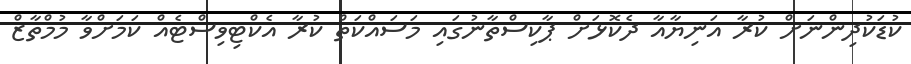
ކުޑަކުދިންނަށް ކުރާ އަނިޔާއާ ދެކޮޅަށް ޕާކިސްތާނުގައި މަސައްކަތް ކުރާ އެކްޓިވިސްޓެއް ކަަމަށްވާ މުމްތާޒް